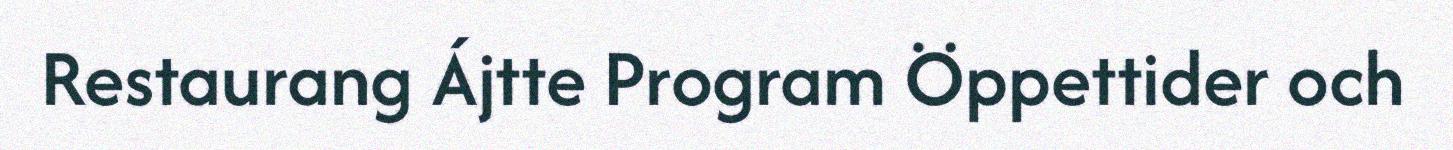
Restaurang Ájtte Program Öppettider och